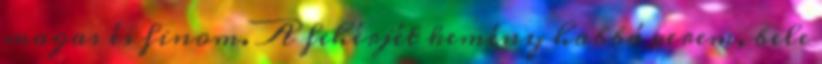
magas és finom. A fehérjét kemény habbá verem, bele